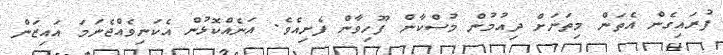
ފުރައިގެން އެތަން މިތަނަށް ދިއުމުން މުސްކާން ފޫހިވާން ފެށިއެވެ. އަނެއްކޮޅުން އެކަނިވެއްޖެނަމަ އައިޒަން